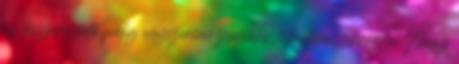
az összefoglaló pedig egyszerűen zseniális, tökéletesen tükrözi a Nagy